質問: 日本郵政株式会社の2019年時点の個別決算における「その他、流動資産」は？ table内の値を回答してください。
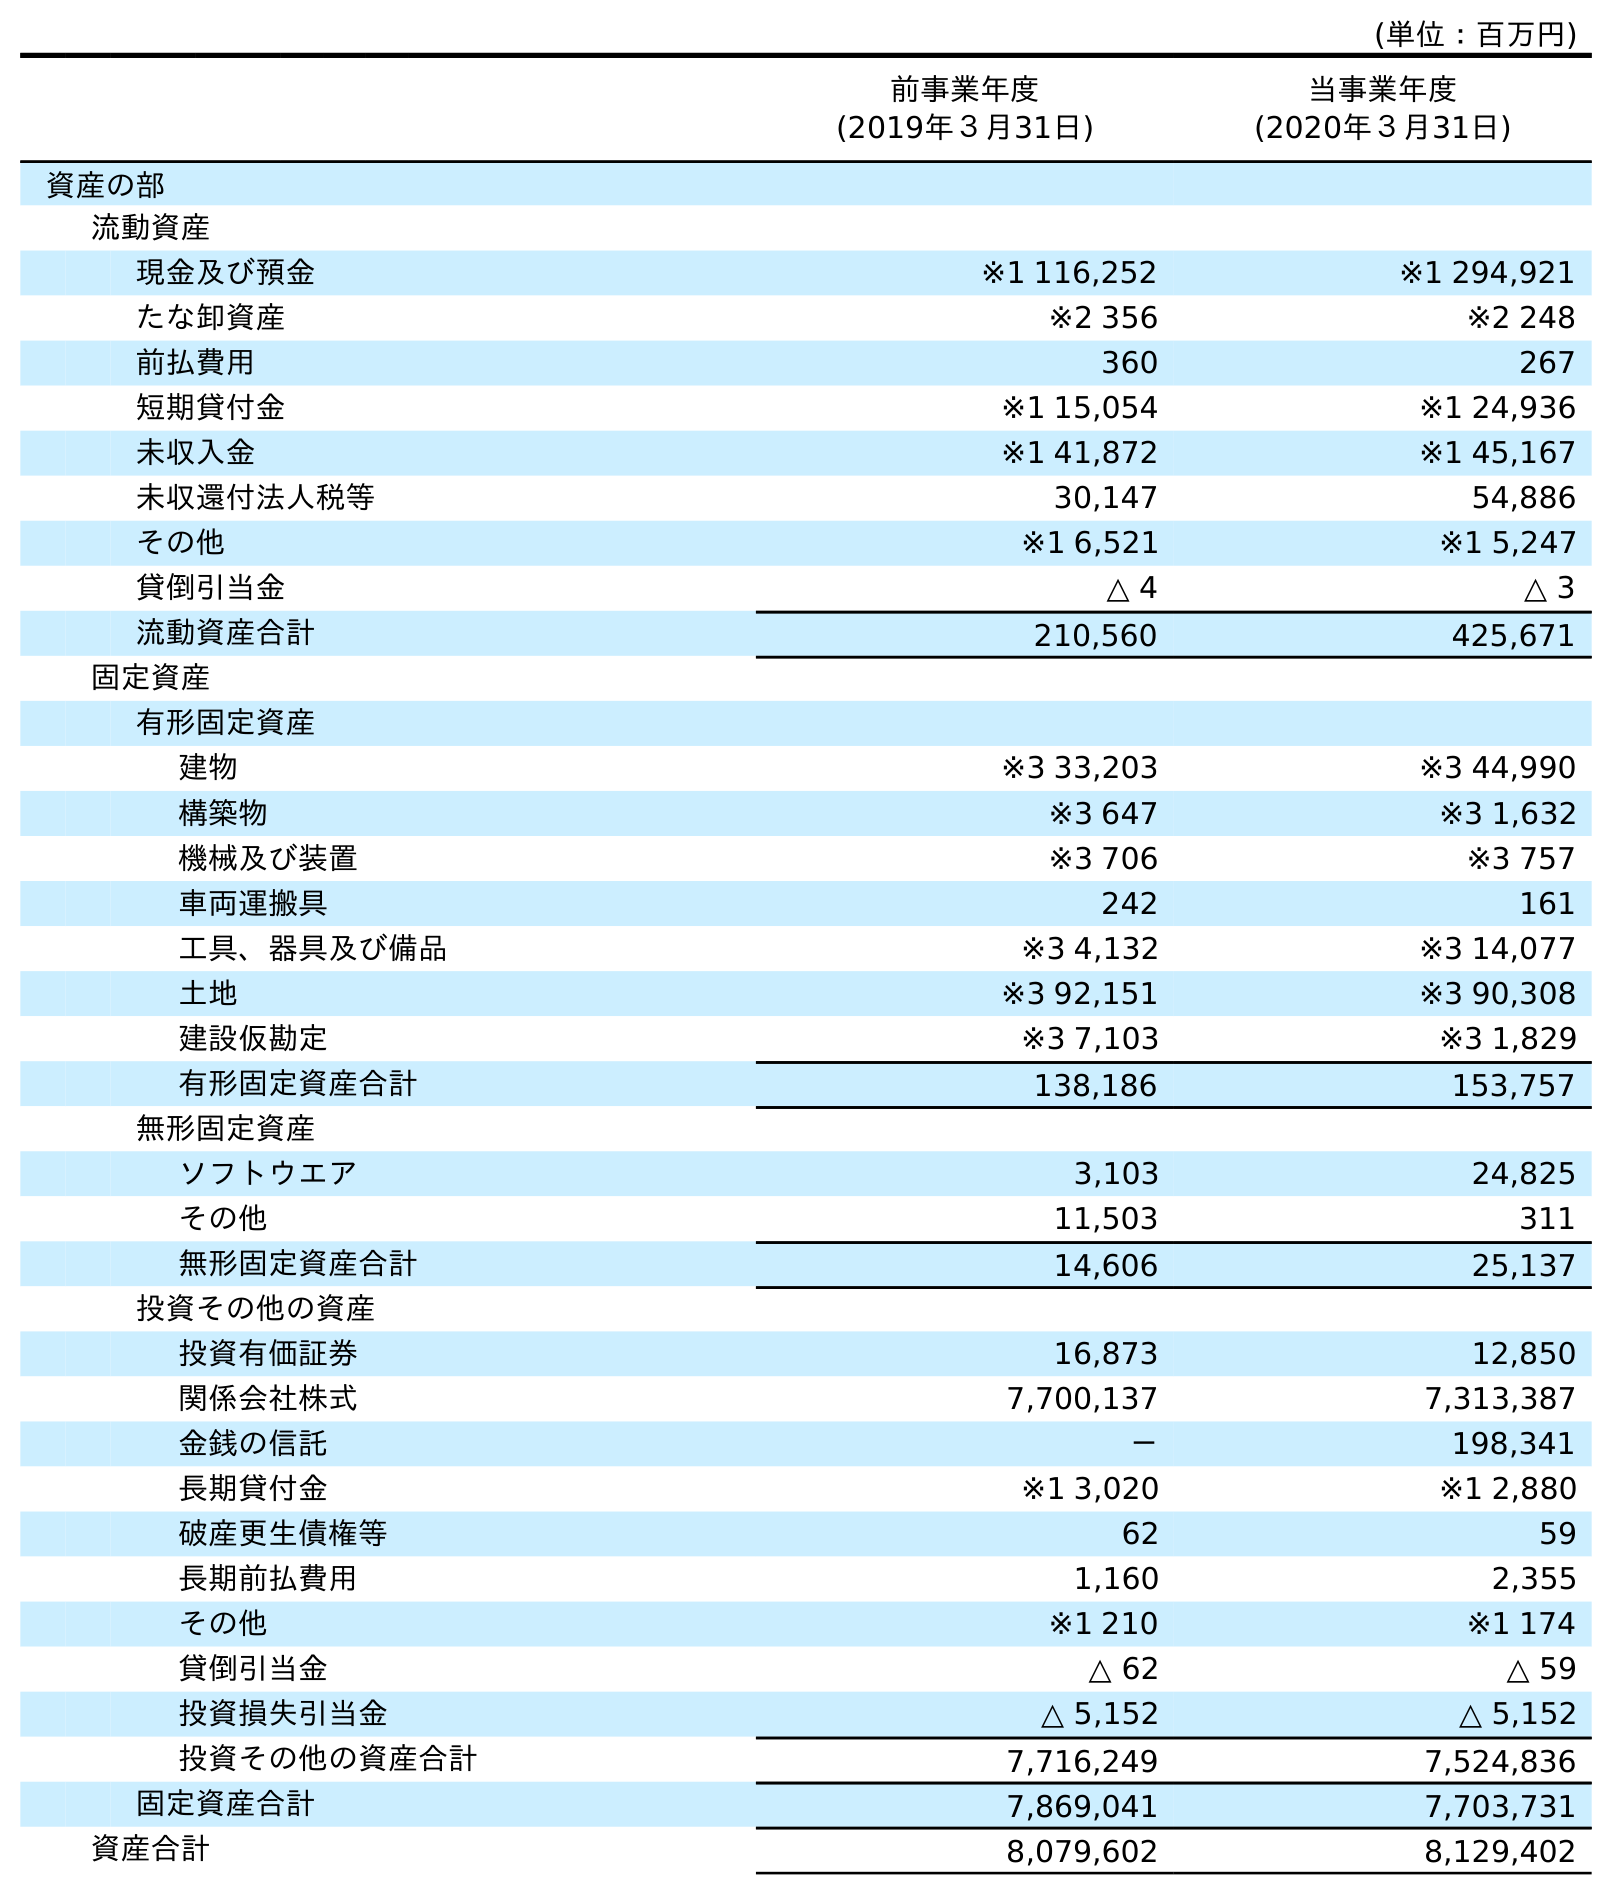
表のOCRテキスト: (単位：百万円) 前事業年度 (2019年３月31日) 当事業年度 (2020年３月31日) 資産の部 流動資産 現金及び預金 ※1 116,252 ※1 294,921 たな卸資産 ※2 356 ※2 248 前払費用 360 267 短期貸付金 ※1 15,054 ※1 24,936 未収入金 ※1 41,872 ※1 45,167 未収還付法人税等 30,147 54,886 その他 ※1 6,521 ※1 5,247 貸倒引当金 △ 4 △ 3 流動資産合計 210,560 425,671 固定資産 有形固定資産 建物 ※3 33,203 ※3 44,990 構築物 ※3 647 ※3 1,632 機械及び装置 ※3 706 ※3 757 車両運搬具 242 161 工具、器具及び備品 ※3 4,132 ※3 14,077 土地 ※3 92,151 ※3 90,308 建設仮勘定 ※3 7,103 ※3 1,829 有形固定資産合計 138,186 153,757 無形固定資産 ソフトウエア 3,103 24,825 その他 11,503 311 無形固定資産合計 14,606 25,137 投資その他の資産 投資有価証券 16,873 12,850 関係会社株式 7,700,137 7,313,387 金銭の信託 － 198,341 長期貸付金 ※1 3,020 ※1 2,880 破産更生債権等 62 59 長期前払費用 1,160 2,355 その他 ※1 210 ※1 174 貸倒引当金 △ 62 △ 59 投資損失引当金 △ 5,152 △ 5,152 投資その他の資産合計 7,716,249 7,524,836 固定資産合計 7,869,041 7,703,731 資産合計 8,079,602 8,129,402
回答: ※16,521